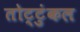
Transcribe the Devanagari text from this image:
तोट्टुंकल